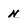
Character: n